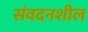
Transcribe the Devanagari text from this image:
संवदनशील